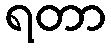
ရတာ